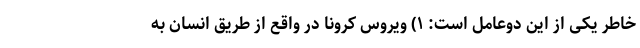
خاطر یکی از این دوعامل است: ۱) ویروس کرونا در واقع از طریق انسان به